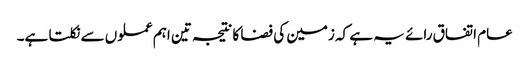
عام اتفاق رائے یہ ہے کہ زمین کی فضا کا نتیجہ تین اہم عملوں سے نکلتا ہے۔